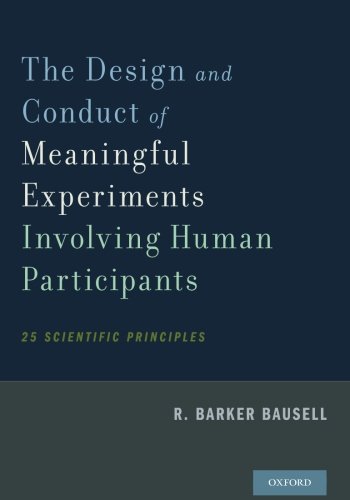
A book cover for The Design and Conduct of Meaningful Experiments Involving Human Participants: 25 Scientific Principles; R. Barker Bausell; Medical Books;